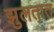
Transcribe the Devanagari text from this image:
झुलतात